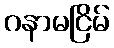
ဂနာမငြိမ်